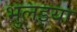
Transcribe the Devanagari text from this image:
भुलइया